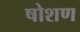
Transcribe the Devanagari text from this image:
षोशण